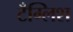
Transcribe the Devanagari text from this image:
टँग्लिश